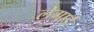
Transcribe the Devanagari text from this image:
लेगार्ड